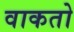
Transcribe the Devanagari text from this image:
वाकतो